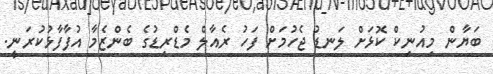
ބަޔާން މިއުނިކް ކޮޅަށް ލަނޑު ޖެހުމަށް ފަހު ރެއާލް މެޑްރިޑުގެ ބެންޒެމާ އުފާފާޅުކުރަނީ.